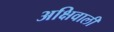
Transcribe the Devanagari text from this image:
अक्षिवाली